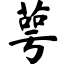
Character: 萼